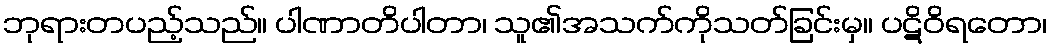
ဘုရားတပည့်သည်။ ပါဏာတိပါတာ၊ သူ၏အသက်ကိုသတ်ခြင်းမှ။ ပဋိဝိရတော၊